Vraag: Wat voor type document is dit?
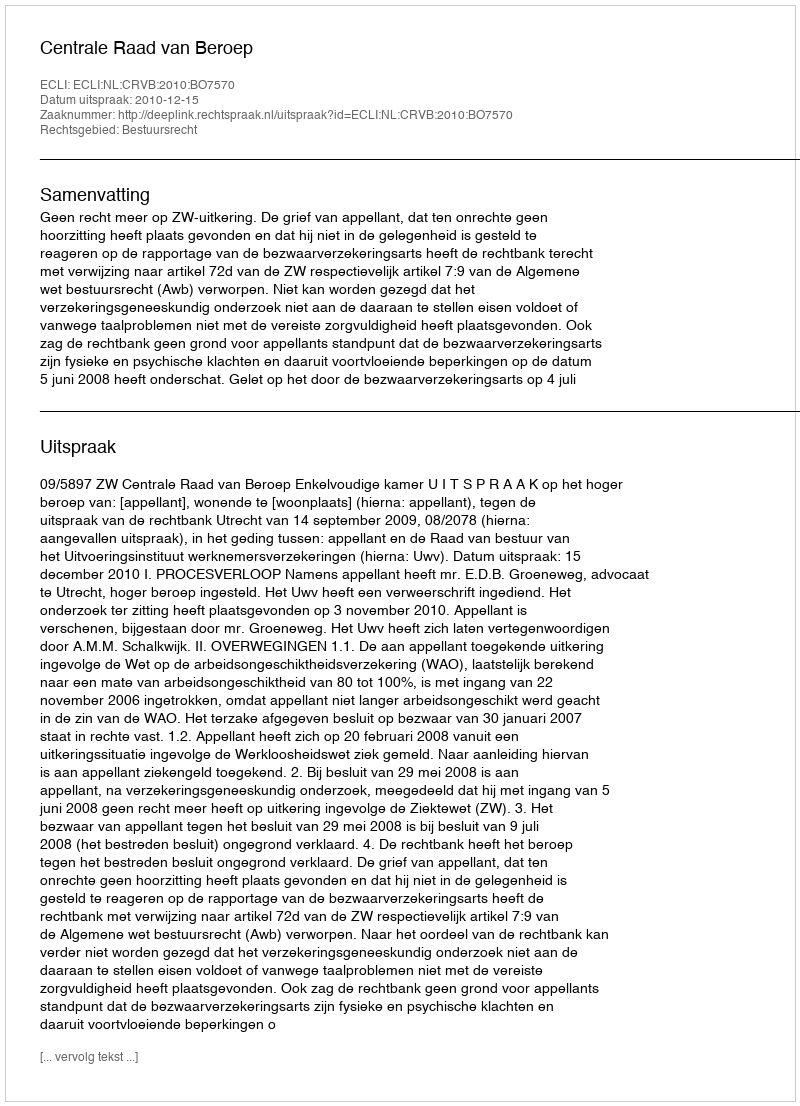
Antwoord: Uitspraak